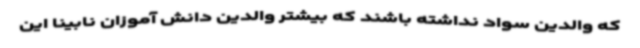
که والدین سواد نداشته باشند که بیشتر والدین دانش آموزان نابینا این